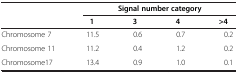
| <ROWSPAN=2>  | <COLSPAN=4> Signal number category |
 | 1 | 3 | 4 | >4 |
 | --- | --- | --- | --- | --- |
 | Chromosome 7 | 11.5 | 0.6 | 0.7 | 0.2 |
 | Chromosome 11 | 11.2 | 0.4 | 1.2 | 0.2 |
 | Chromosome17 | 13.4 | 0.9 | 1.0 | 0.1 |